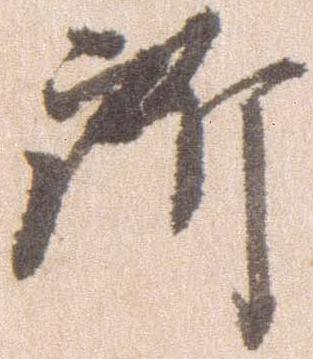
所